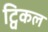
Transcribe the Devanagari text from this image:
ट्विकल